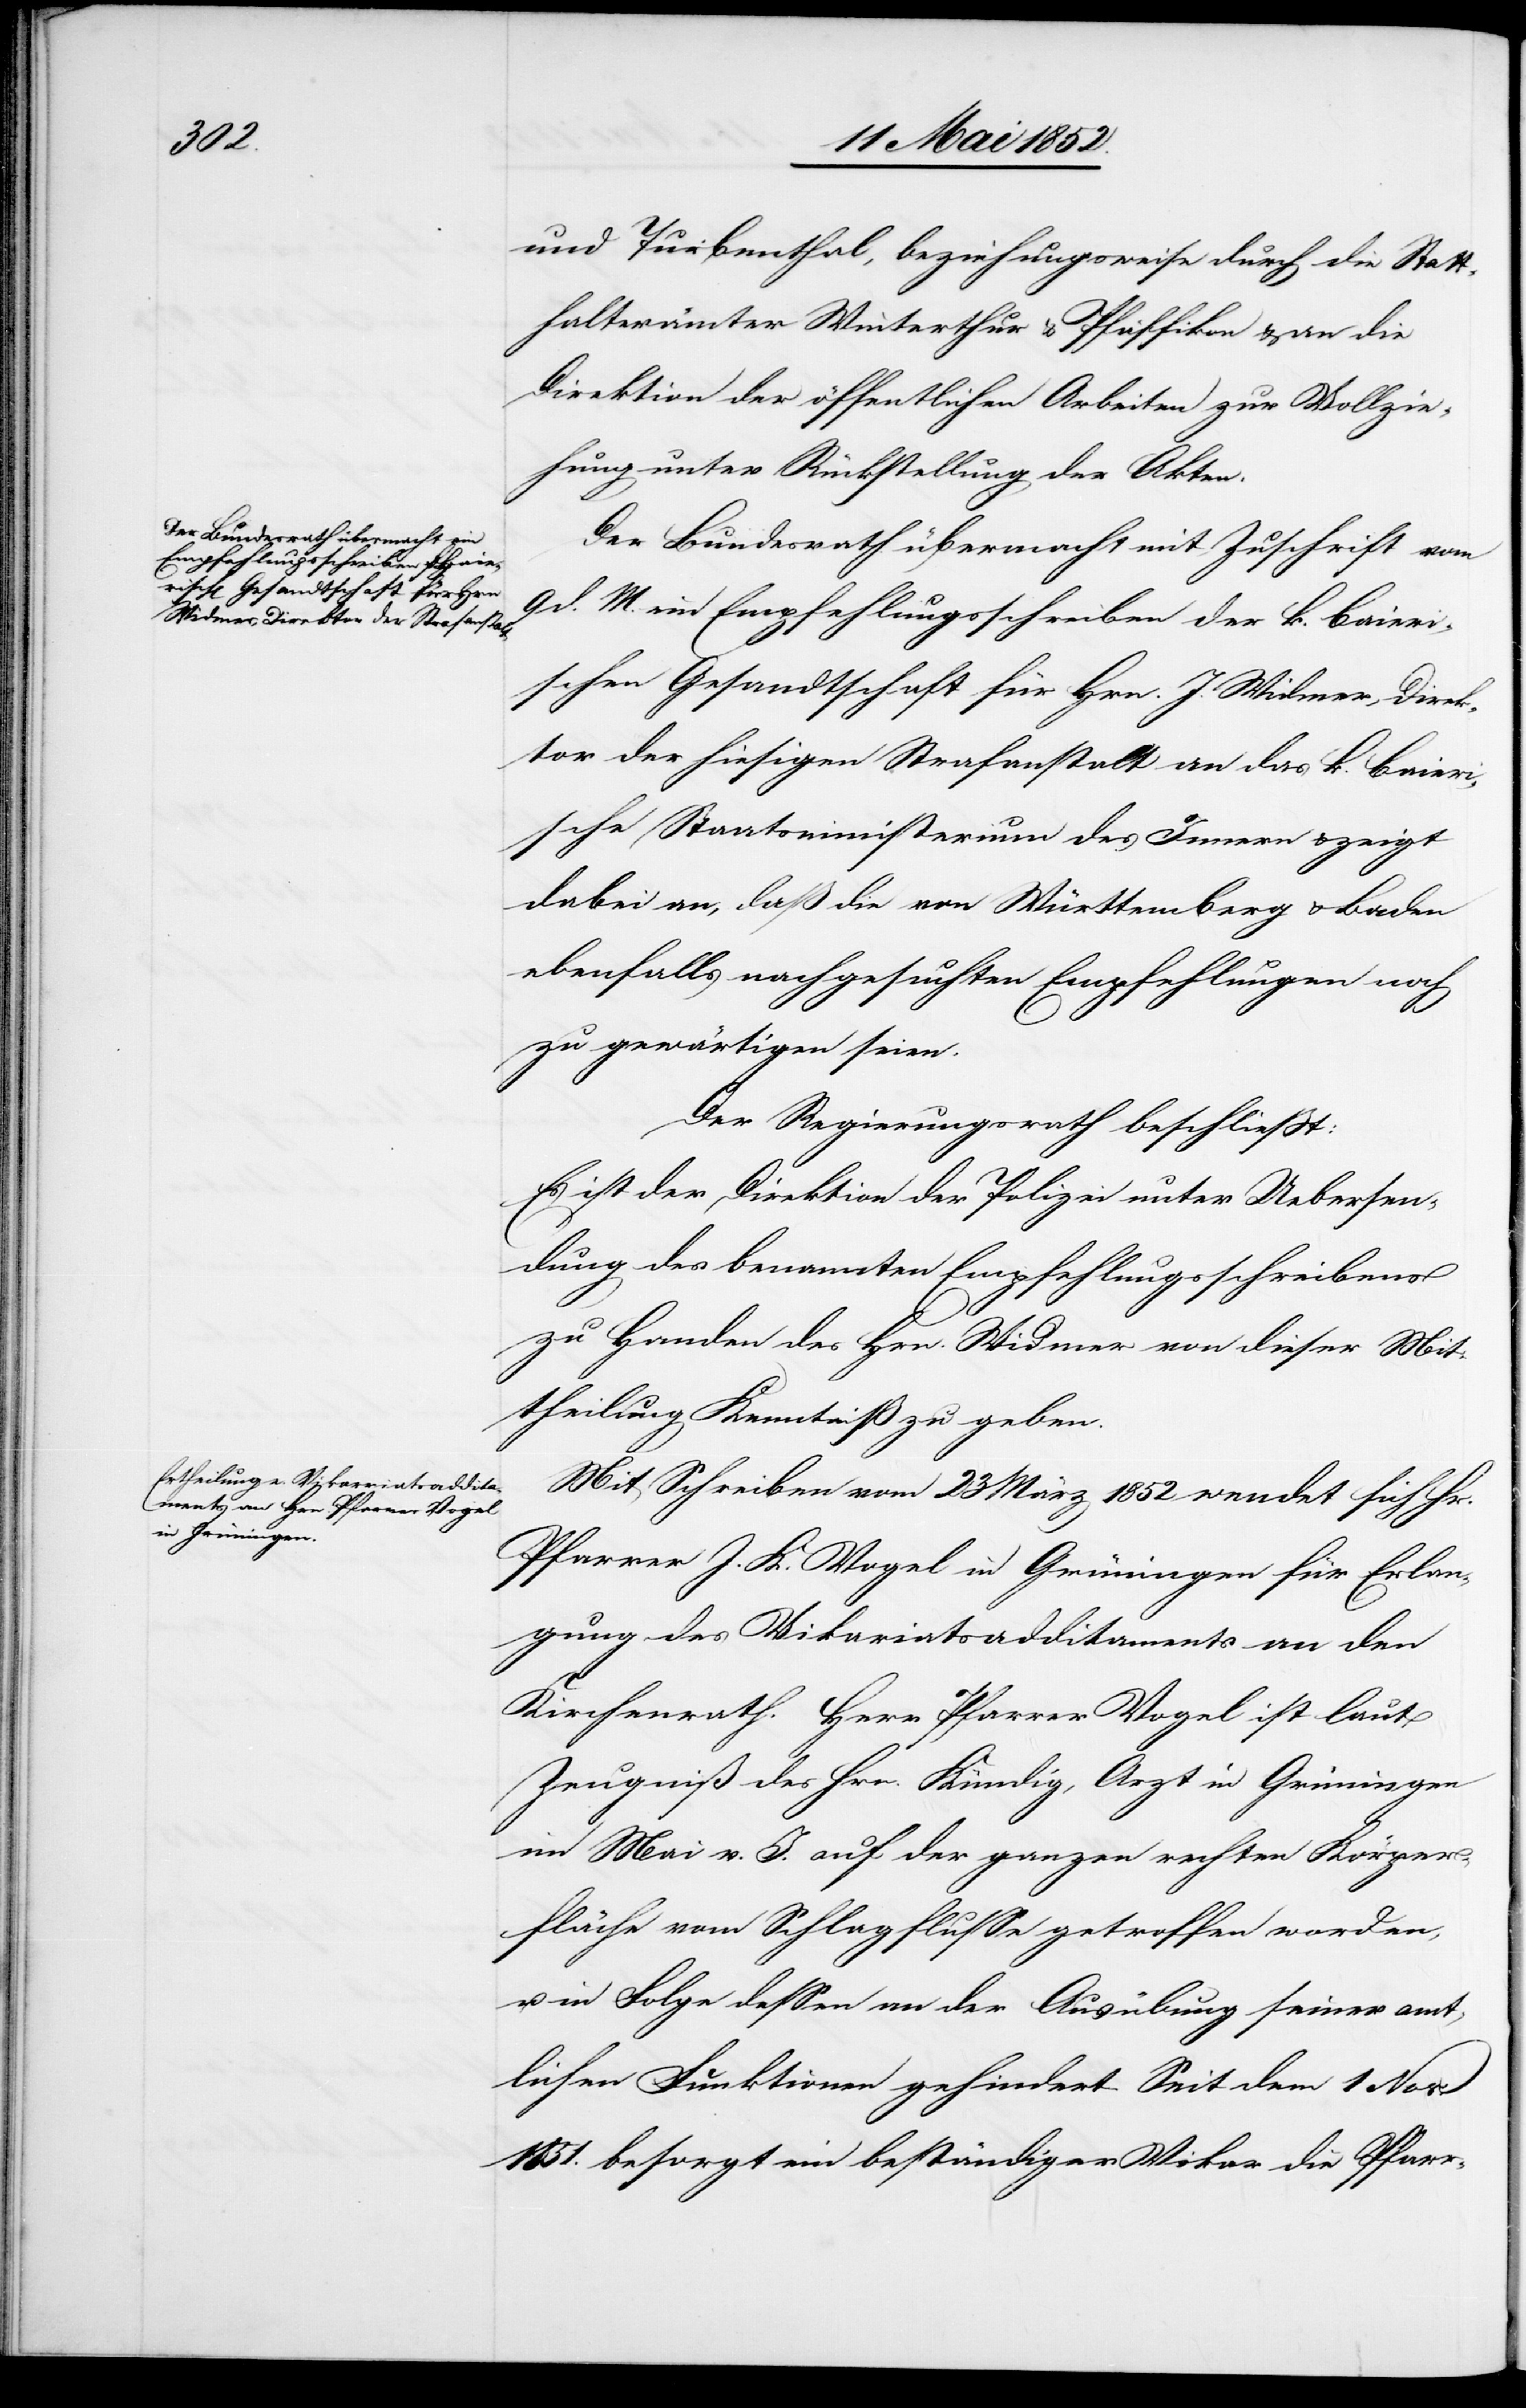
und Turbenthal, beziehungsweise durch die Statt¬
halterämter Winterthur & Pfäffikon & an die
Direktion der öffentlichen Arbeiten zur Vollzie¬
hung unter Rückstellung der Akten.
Der Bundesrath übermacht mit Zuschrift vom
9 d. M. ein Empfehlungsschreiben der k. Baieri¬
schen Gesandtschaft für Hrn. J. Widmer, Direk¬
tor der hiesigen Strafanstalt an das k. baieri¬
sche Staatsministerium des Innern & zeigt
dabei an, daß die von Württemberg & Baden
ebenfalls nachgesuchten Empfehlungen noch
zu gewärtigen seien.
Der Regierungsrath beschliesst:
Es ist der Direktion der Polizei unter Uebersen¬
dung des benannten Empfehlungsschreibens
zu Handen des Hrn. Widmer von dieser Mit¬
theilung Kenntniß zu geben.
Mit Schreiben vom 23 März 1852 wendet sich Hr.
Pfarrer J. K. Vogel in Grüningen für Erlan¬
gung des Vikariatsadditaments an den
Kirchenrath. Herr Pfarrer Vogel ist laut
Zeugniß des Hrn. Kündig, Arzt in Grüningen
im Mai v. J. auf der ganzen rechten Körper¬
fläche vom Schlagflusse getroffen worden,
u. in Folge dessen an der Ausübung seiner amt¬
lichen Funktionen gehindert. Seit dem 1 Nov.
1851. besorgt ein beständiger Vikar die Pfarr-